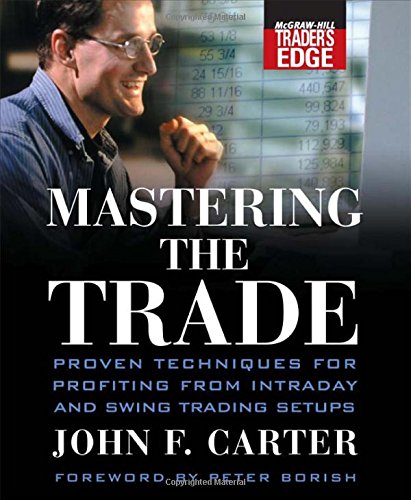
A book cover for Mastering the Trade: Proven Techniques for Profiting from Intraday and Swing Trading Setups (McGraw-Hill Trader's Edge Series); John F. Carter; Business & Money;